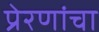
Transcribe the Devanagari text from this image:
प्रेरणांचा